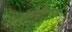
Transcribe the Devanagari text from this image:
ओळखीनंतरच